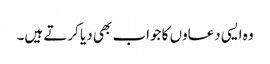
وہ ایسی دعاوں کا جواب بھی دیا کرتے ہیں۔